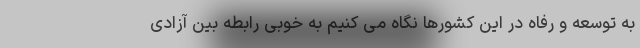
به توسعه و رفاه در این کشورها نگاه می کنیم به خوبی رابطه بین آزادی